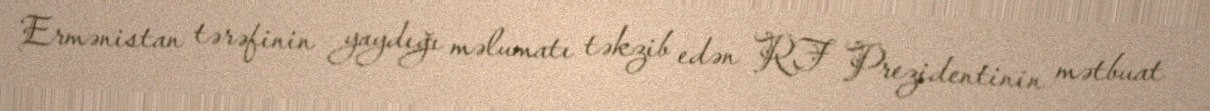
Ermənistan tərəfinin yaydığı məlumatı təkzib edən RF Prezidentinin mətbuat